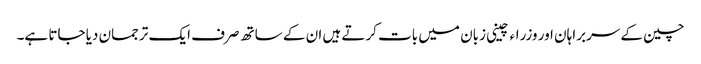
چین کے سربراہان اور وزراء چینی زبان میں بات کرتے ہیں ان کے ساتھ صرف ایک ترجمان دیا جاتا ہے۔